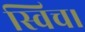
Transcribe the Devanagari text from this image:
स्विच।